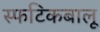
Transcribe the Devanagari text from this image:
स्फटिकबालू